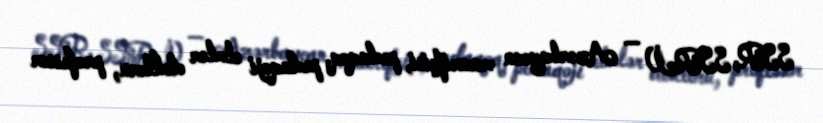
SSR, SSRİ) — Azərbaycan maarifçisi, pedaqoq, pedaqoji elmlər doktoru, professor